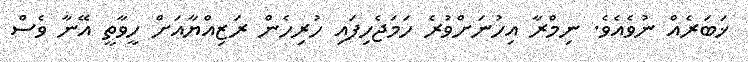
ޚަބަރެއް ނުވެއެވެ. ނިމްރާ އިހުނަށްވުރެ ހަމަޖެހިފައި ހުރިހެން ރަޒިއްޔާއަށް ހީވާތީ އޭނާ ވެސް